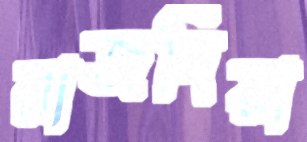
রাজদিয়া